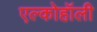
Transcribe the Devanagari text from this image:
एल्कोहॉली